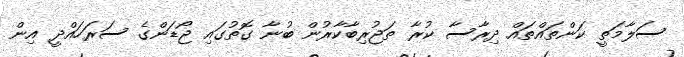
ސަލާމަތީ ކަންތައްތައް ދިރާސާ ކުރާ ތަޖުރިބާކާރުން ބުނާ ގޮތުގައި ޖޯޑަންގެ ސަރަހައްދީ އިން